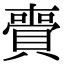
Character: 賷